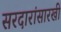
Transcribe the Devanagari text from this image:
सरदारांसारखी